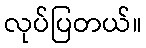
လုပ်ပြတယ်။